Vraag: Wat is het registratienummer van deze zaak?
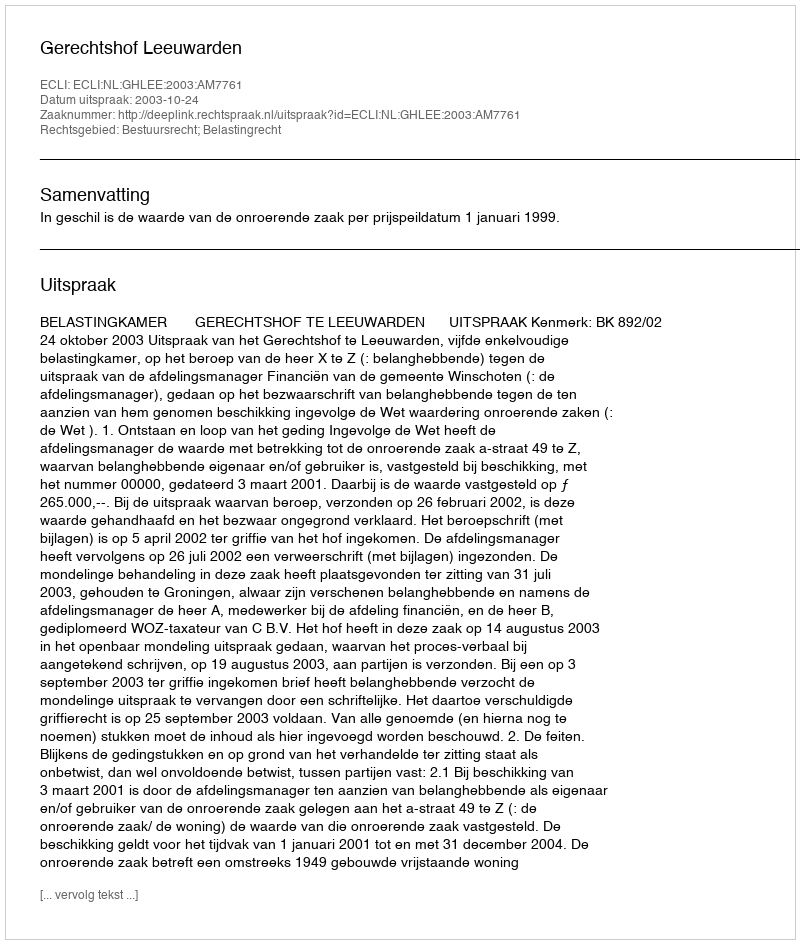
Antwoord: http://deeplink.rechtspraak.nl/uitspraak?id=ECLI:NL:GHLEE:2003:AM7761